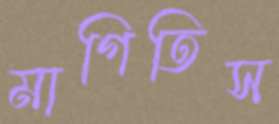
মাগিতিস